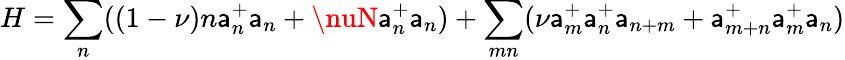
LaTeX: H=\sum_{n}((1-\nu)n\mathsf{a}_{n}^{+}\mathsf{a}_{n}+\nuN\mathsf{a}_{n}^{+}\mathsf{a}_{n})+\sum_{mn}(\nu\mathsf{a}_{m}^{+}\mathsf{a}_{n}^{+}\mathsf{a}_{n+m}+\mathsf{a}_{m+n}^{+}\mathsf{a}_{m}^{+}\mathsf{a}_{n})